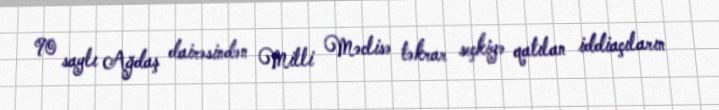
90 saylı Ağdaş dairəsindən Milli Məclisə təkrar seçkiyə qatılan iddiaçıların